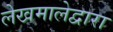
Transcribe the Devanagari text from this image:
लेखमालेद्वारा